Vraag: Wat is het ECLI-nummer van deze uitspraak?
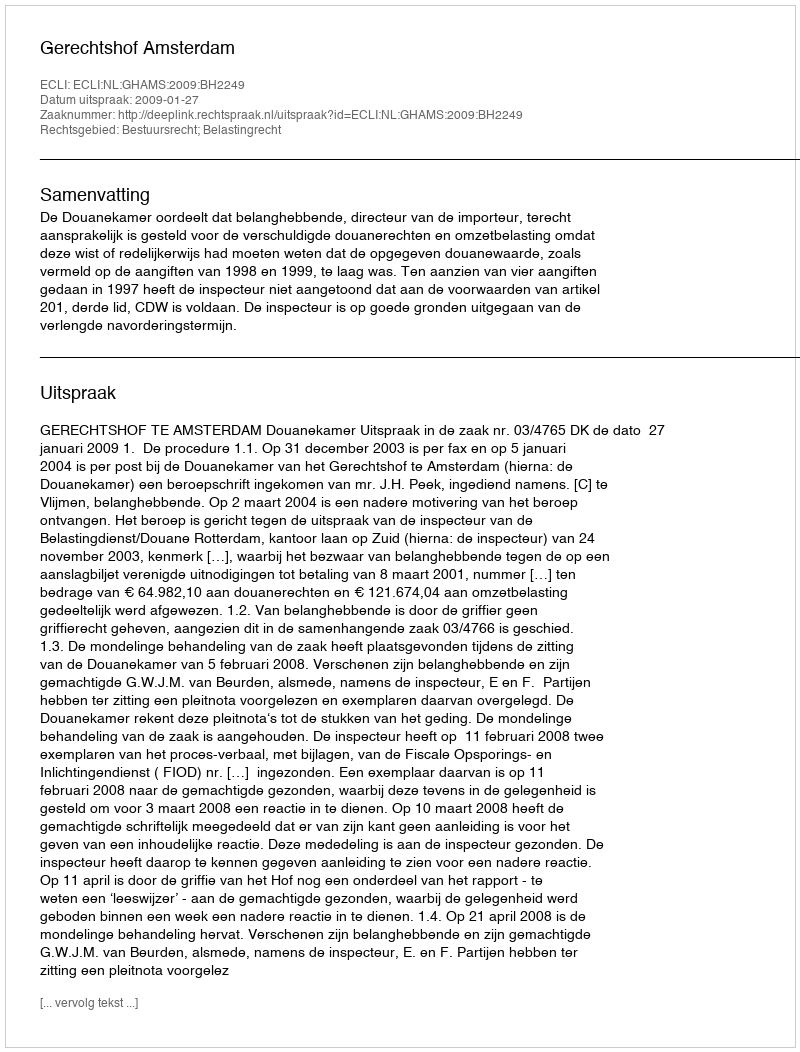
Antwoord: ECLI:NL:GHAMS:2009:BH2249